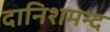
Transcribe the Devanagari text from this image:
दानिशमन्द